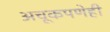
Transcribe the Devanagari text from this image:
अचूकपणेही